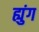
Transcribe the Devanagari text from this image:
ह्युंग